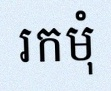
រកមុំ